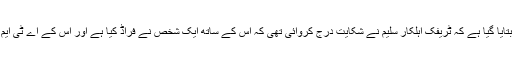
اس حوالے سے میڈیا ذرائع کی جانب سے بتایا گیا ہے کہ ٹریفک اہلکار سلیم نے شکایت درج کروائی تھی کہ اس کے ساتھ ایک شخص نے فراڈ کیا ہے اور اس کے اے ٹی ایم سے 25 ہزار روپے کی رقم نکال لی ہے۔